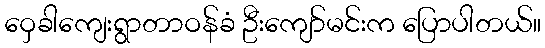
ဝှေခါကျေးရွာတာဝန်ခံ ဦးကျော်မင်းက ပြောပါတယ်။